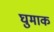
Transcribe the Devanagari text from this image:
घुमाक